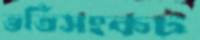
ভর্তিসংকট